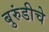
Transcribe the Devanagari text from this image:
बुरुंडीचे